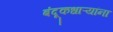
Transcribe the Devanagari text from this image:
बंदूकधाऱ्यांना